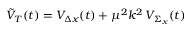
\tilde { \cal V } _ { T } ( t ) = { \cal V } _ { \Delta x } ( t ) + \mu ^ { 2 } k ^ { 2 } \, { \cal V } _ { \Sigma _ { x } } ( t )